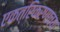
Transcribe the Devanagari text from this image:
एकत्रिकरणाच्या